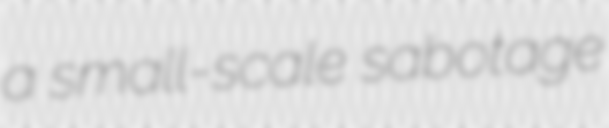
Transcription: a small-scale sabotage